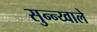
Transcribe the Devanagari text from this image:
सुन्न्य्वाले